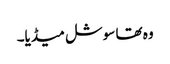
وہ تھا سوشل میڈیا۔